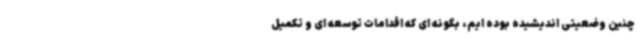
چنین وضعیتی اندیشیده بوده ایم، بگونه ای که اقدامات توسعه ای و تکمیل